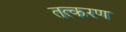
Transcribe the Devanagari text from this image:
तत्करण